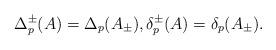
LaTeX: \begin{align*} \Delta_p^\pm(A)=\Delta_p(A_\pm), \delta_p^\pm(A)=\delta_p(A_\pm). \end{align*}